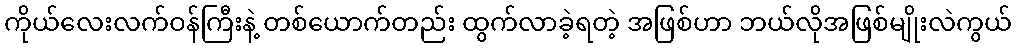
ကိုယ်လေးလက်ဝန်ကြီးနဲ့ တစ်ယောက်တည်း ထွက်လာခဲ့ရတဲ့ အဖြစ်ဟာ ဘယ်လိုအဖြစ်မျိုးလဲကွယ်